Annual report of the Prince of Wales Medical College, Patna
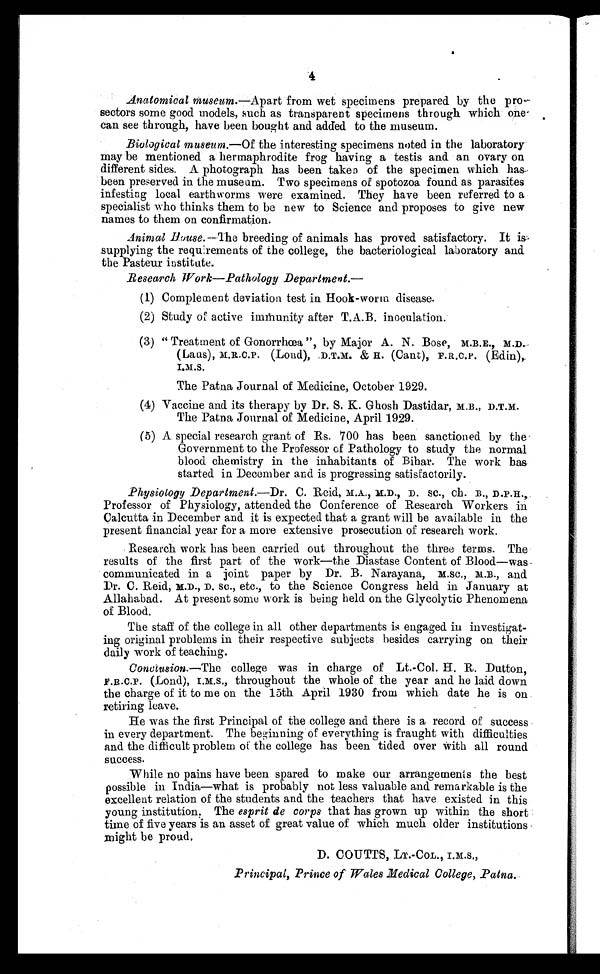
4
Anatomical museum.—Apart from wet specimens prepared by the pro–
sectors some good models, such as transparent specimens through which one
can see through, have been bought and added to the museum.
Biological museum.—Of the interesting specimens noted in the laboratory
may be mentioned a hermaphrodite frog having a testis and an ovary on
different sides. A photograph has been taken of the specimen which has
been preserved in the museum. Two specimens of spotozoa found as parasites
infesting local earthworms were examined. They have been referred to a
specialist who thinks them to be new to Science and proposes to give new
names to them on confirmation.
Animal House.—The breeding of animals has proved satisfactory. It is
supplying the requirements of the college, the bacteriological laboratory and
the Pasteur institute.
Research Work—Pathology Department.—
(1) Complement deviation test in Hook-worm disease.
(2) Study of active immunity after T.A.B. inoculation.
(3) " Treatment of Gonorrhœa ", by Major A. N. Bose, M.B.E., M.D.
(Laus), M.R.C.P. (Loud), D.T.M. & H. (Cant), F.R.C.P. (Edin),
The Patna Journal of Medicine, October 1929.
(4) Vaccine and its therapy by Dr. S. K. Ghosh Dastidar, M.B., D.T.M.
The Patna Journal of Medicine, April 1929.
(5) A special research grant of Rs. 700 has been sanctioned by the
Government to the Professor of Pathology to study the normal
blood chemistry in the inhabitants of Bihar. The work has
started in December and is progressing satisfactorily.
Physiology Department.—Dr. C. Reid, M.A., M.D., D. Sc., Ch. B., D.P.H.,
Professor of Physiology, attended the Conference of Research Workers in
Calcutta in December and it is expected that a grant will be available in the
present financial year for a more extensive prosecution of research work.
Research work has been carried out throughout the three terms. The
results of the first part of the work—the Diastase Content of Blood—was
communicated in a joint paper by Dr. B. Narayana, M.Sc., M.B., and
Dr. C. Reid, M.D., D. Sc., etc., to the Science Congress held in January at
Allahabad. At present some work is being held on the Glycolytic Phenomena
of Blood.
The staff of the college in all other departments is engaged in investigat-
ing original problems in their respective subjects besides carrying on their
daily work of teaching.
Conclusion.—The college was in charge of Lt.-Col. H. R. Dutton,
F.B.C.P. (Lond), I.M.S., throughout the whole of the year and he laid down
the charge of it to me on the 15th April 1930 from which date he is on
retiring leave.
He was the first Principal of the college and there is a record of success
in every department. The beginning of everything is fraught with difficulties
and the difficult problem of the college has been tided over with all round
success.
While no pains have been spared to make our arrangements the best
possible in India—what is probably not less valuable and remarkable is the
excellent relation of the students and the teachers that have existed in this
young institution, The esprit de corps that has grown up within the short
time of five years is an asset of great value of which much older institutions
might be proud.
D. COUTTS, LT.-COL., I.M.S.,
Principal, Prince of Wales Medical College, Patna.